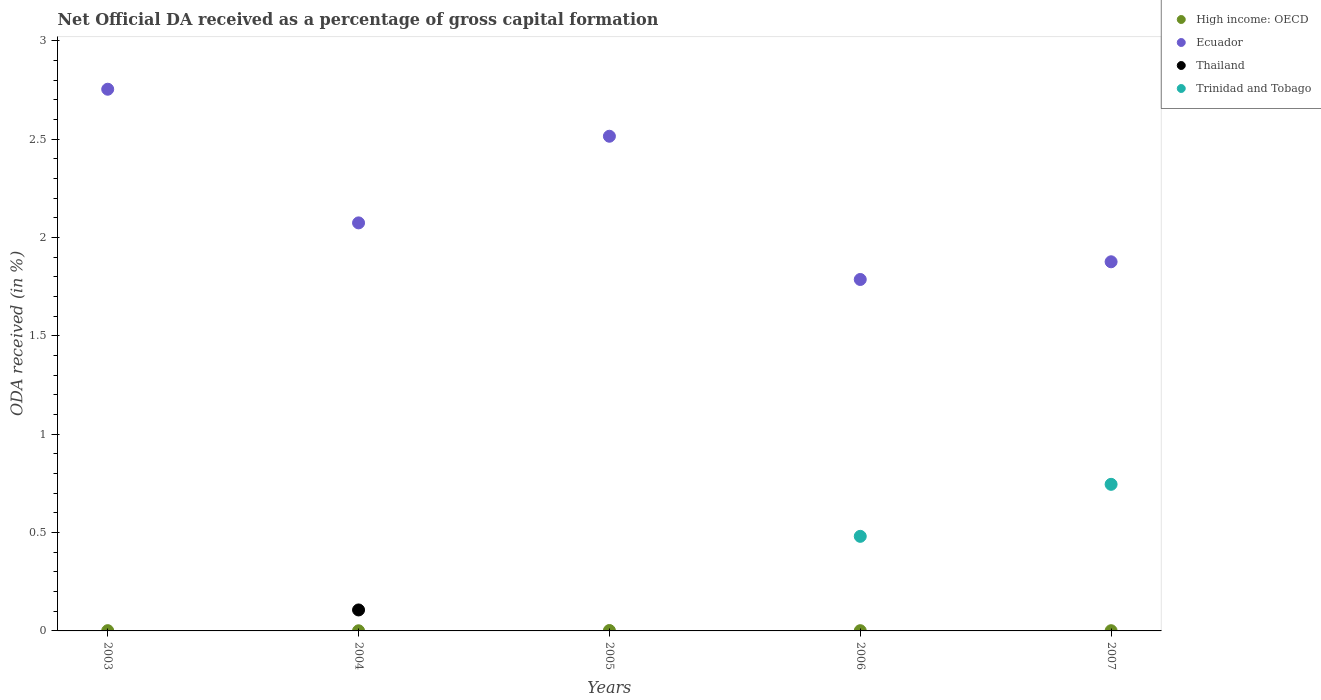
| Years | High income: OECD | Ecuador | Thailand | Trinidad and Tobago |
 | --- | --- | --- | --- | --- |
 | 2003 | 0.00129 | 2.75 | -2.6 | -0.102 |
 | 2004 | 0.000719 | 2.07 | 0.107 | -0.0686 |
 | 2005 | 0.00206 | 2.51 | -0.291 | -0.0411 |
 | 2006 | 0.00116 | 1.79 | -0.362 | 0.481 |
 | 2007 | 0.0011 | 1.88 | -0.464 | 0.745 |